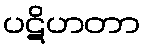
ပဋိဟတာ